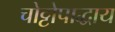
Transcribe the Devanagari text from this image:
चोट्टोपाद्धाय